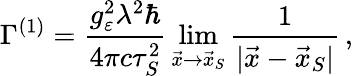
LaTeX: \Gamma^{(1)}=\frac{g_{\varepsilon}^{2}\lambda^{2}\hbar}{4\pi c\tau_{S}^{2}}\, \operatorname*{lim}_{\vec{x}\rightarrow\vec{x}_{S}}\frac{1}{|\vec{x}-\vec{x}_{S}|}\, ,